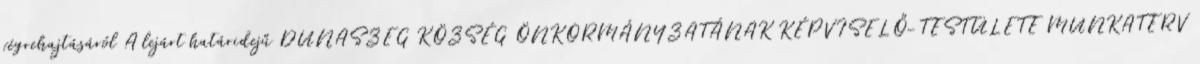
végrehajtásáról A lejárt határidejű DUNASZEG KÖZSÉG ÖNKORMÁNYZATÁNAK KÉPVISELŐ-TESTÜLETE MUNKATERV